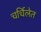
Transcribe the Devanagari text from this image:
चर्चिलेत